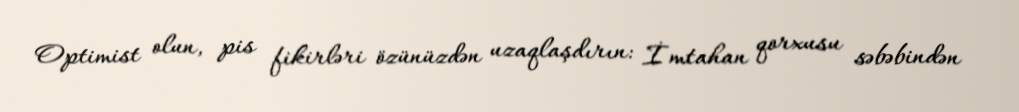
Optimist olun, pis fikirləri özünüzdən uzaqlaşdırın: İmtahan qorxusu səbəbindən